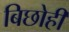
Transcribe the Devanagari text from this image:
बिछोही